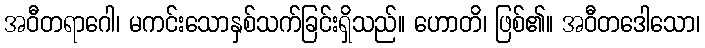
အဝီတရာဂေါ၊ မကင်းသောနှစ်သက်ခြင်းရှိသည်။ ဟောတိ၊ ဖြစ်၏။ အဝီတဒေါသော၊